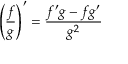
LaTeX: \left( { \frac { f } { g } } \right) ^ { \prime } = { \frac { f ^ { \prime } g - f g ^ { \prime } } { g ^ { 2 } } }